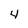
Character: 4